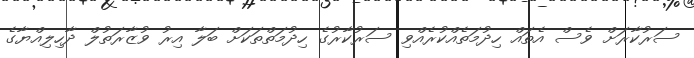
ސަރުކާރަށް ވެސް އެތައް ހިދުމަތެއްކުރެއްވި ސަރުކާރުގެ ހިދުމަތްތަކަށް ބަލާ އިރު ވުޒާރަތުލް ދާހިލިއްޔާގެ